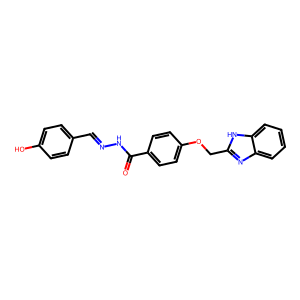
SMILES: O=C(NN=Cc1ccc(O)cc1)c1ccc(OCc2nc3ccccc3[nH]2)cc1
Inhibits HIV replication: No